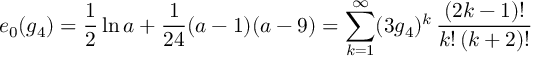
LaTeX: e _ { 0 } ( g _ { 4 } ) = \frac { 1 } { 2 } \ln a + \frac { 1 } { 2 4 } ( a - 1 ) ( a - 9 ) = \sum _ { k = 1 } ^ { \infty } ( 3 g _ { 4 } ) ^ { k } \, \frac { ( 2 k - 1 ) ! } { k ! \, ( k + 2 ) ! }